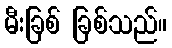
မီးခြစ် ခြစ်သည်။